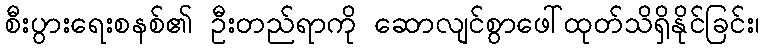
စီးပွားရေးစနစ်၏ ဦးတည်ရာကို ဆောလျင်စွာဖေါ်ထုတ်သိရှိနိုင်ခြင်း၊